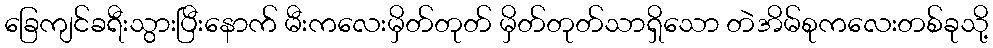
ခြေကျင်ခရီးသွားပြီးနောက် မီးကလေးမှိတ်တုတ် မှိတ်တုတ်သာရှိသော တဲအိမ်စုကလေးတစ်ခုသို့